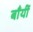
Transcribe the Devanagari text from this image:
बाँयीं